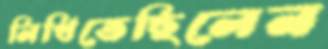
লিখিতেছিলেন